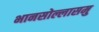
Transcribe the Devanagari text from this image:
भानसोल्लासमु